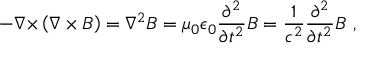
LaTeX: - { \boldsymbol { \nabla \times } } \left( { \boldsymbol { \nabla \times B } } \right) = \nabla ^ { 2 } { \boldsymbol { B } } = \mu _ { 0 } \epsilon _ { 0 } { \frac { \partial ^ { 2 } } { \partial t ^ { 2 } } } { \boldsymbol { B } } = { \frac { 1 } { c ^ { 2 } } } { \frac { \partial ^ { 2 } } { \partial t ^ { 2 } } } { \boldsymbol { B } } \ ,